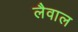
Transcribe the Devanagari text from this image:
लैवाल